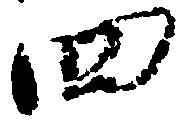
四